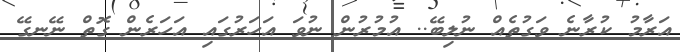
އަރާމު ކުރާނެ ވަގުތެއް ނުލިބޭ.. އުމުރުން ނުވަ އަހަރުގައި އަހަރެން ގޮތް ނޭނގޭ